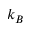
k _ { B }